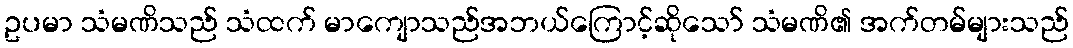
ဥပမာ သံမဏိသည် သံထက် မာကျောသည်အဘယ်ကြောင့်ဆိုသော် သံမဏိ၏ အက်တမ်များသည်